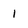
Character: 1